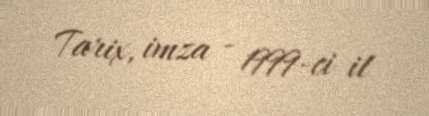
Tarix, imza - 1999-ci il